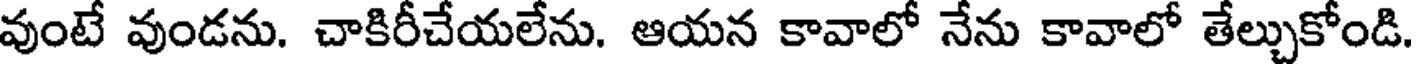
వుంటే వుండను. చాకిరీచేయలేను. ఆయన కావాలో నేను కావాలో తేల్చుకోండి